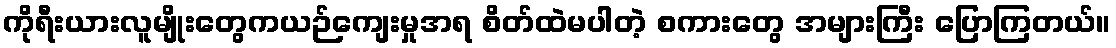
ကိုရီးယားလူမျိုးတွေကယဉ်ကျေးမှုအရ စိတ်ထဲမပါတဲ့ စကားတွေ အများကြီး ပြောကြတယ်။